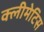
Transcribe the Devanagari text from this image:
क्लीमेटिस